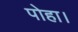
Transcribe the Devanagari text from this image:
पोहा।